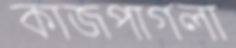
কাজপাগলা